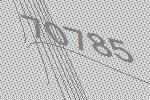
70785